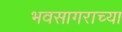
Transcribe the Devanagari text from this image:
भवसागराच्या